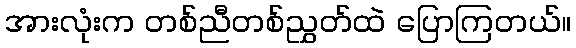
အားလုံးက တစ်ညီတစ်ညွှတ်ထဲ ပြောကြတယ်။